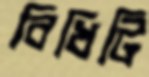
বিধিটি